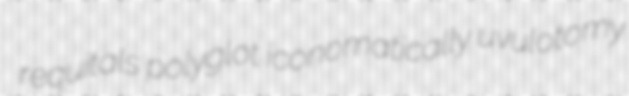
requitals polyglot iconomatically uvulotomy